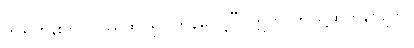
ဤရဟန်းကို။ ပဿထ၊ ရှုပါကုန်လော့”။ ဣတိ၊ ဤသို့ဆိုကုန်လျက်။